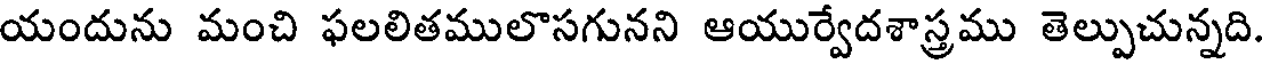
యందును మంచి ఫలలితములొసగునని ఆయుర్వేదశాస్త్రము తెల్పుచున్నది.